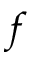
\boldsymbol { f }